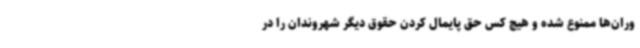
وران‌ها ممنوع شده و هیچ کس حق پایمال کردن حقوق دیگر شهروندان را در